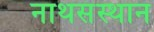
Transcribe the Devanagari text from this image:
नाथसंस्थान